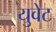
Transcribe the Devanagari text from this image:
युवेट